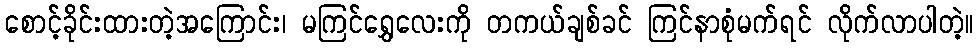
စောင့်ခိုင်းထားတဲ့အကြောင်း၊ မကြင်ရွှေလေးကို တကယ်ချစ်ခင် ကြင်နာစုံမက်ရင် လိုက်လာပါတဲ့။